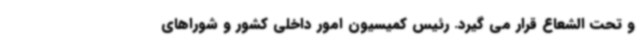
و تحت الشعاع قرار می گیرد. رئیس کمیسیون امور داخلی کشور و شوراهای